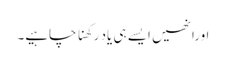
اورانھیں ایسے ہی یاد رکھنا چاہیے۔